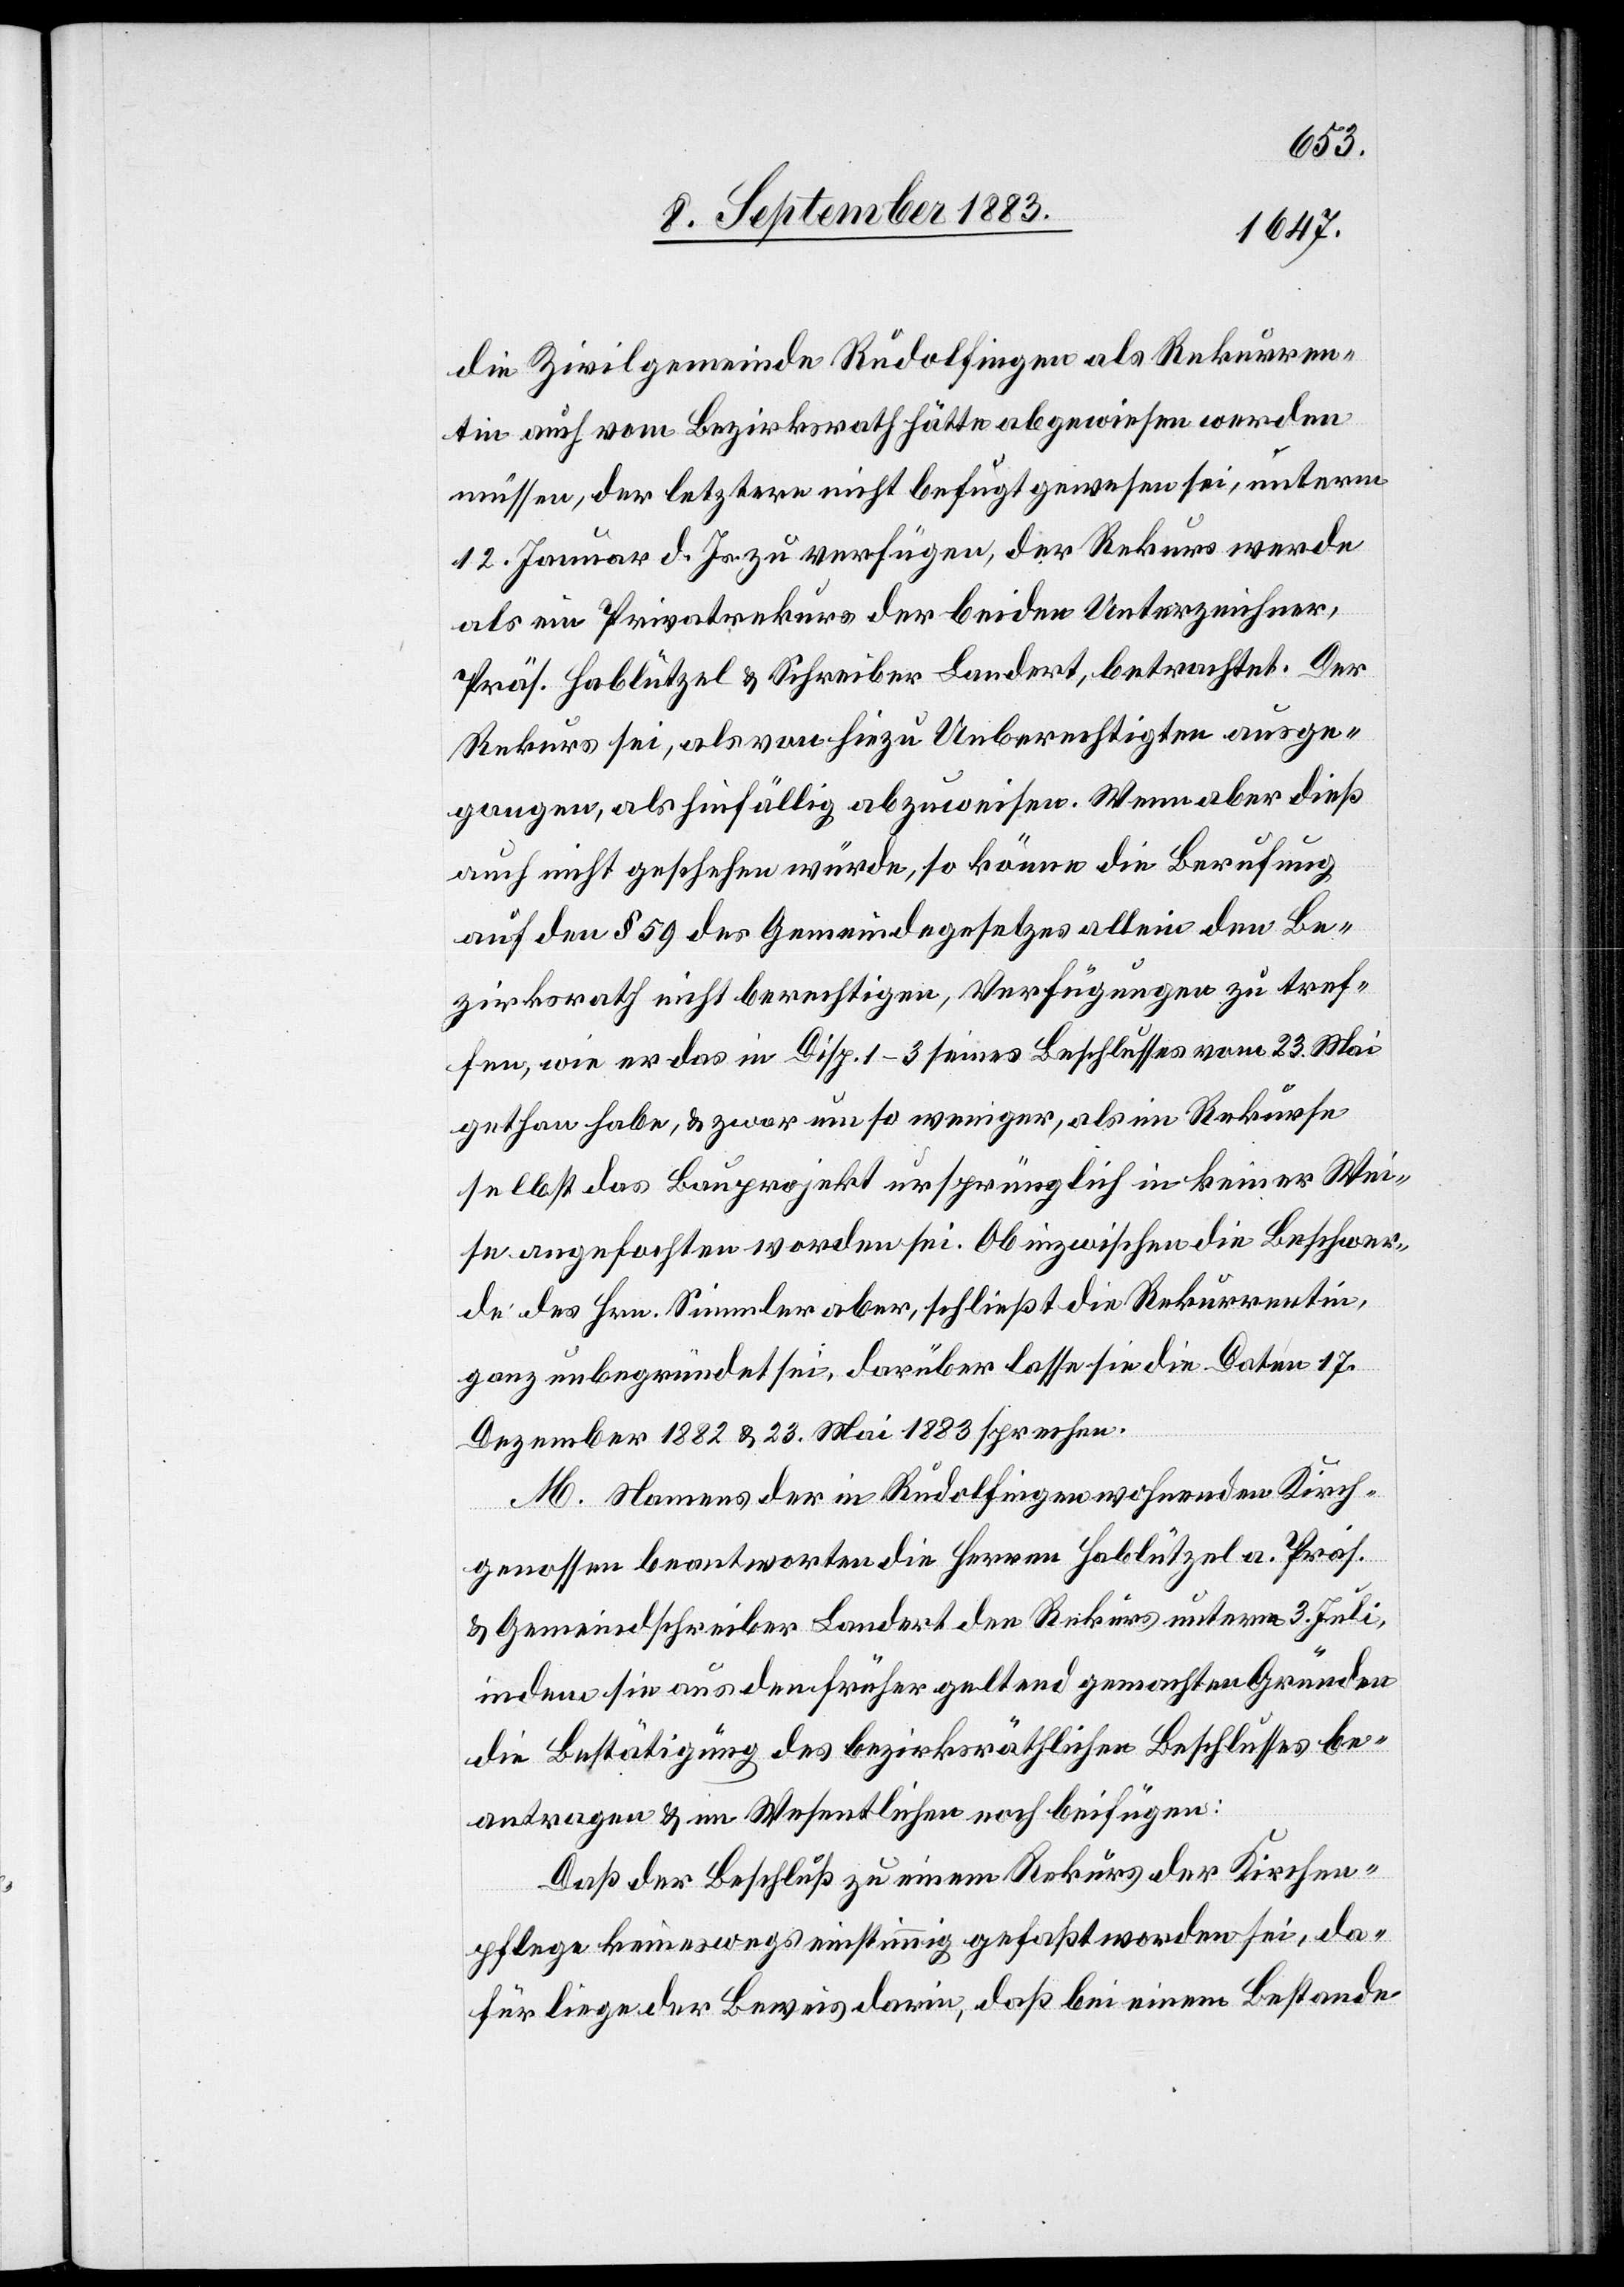
die Zivilgemeinde Rudolfingen als Rekurren¬
tin auch vom Bezirksrath hätte abgewiesen werden
müssen, der letztere nicht befugt gewesen sei, unterm
12. Januar d. Js. zu verfügen, der Rekurs werde
als ein Privatrekurs der beiden Unterzeichner,
Präs. Hablützel & Schreiber Landert, betrachtet. Der
Rekurs sei, als von hiezu Unberechtigten ausge¬
gangen, als hinfällig abzuweisen. Wenn aber dieß
auch nicht geschehen würde, so könne die Berufung
auf den § 59 des Gemeindegesetzes allein den Be¬
zirksrath nicht berechtigen, Verfügungen zu tref¬
fen, wie er das in Disp. 1–3 seines Beschlusses vom 23. Mai
gethan habe, & zwar umso weniger, als im Rekurse
selbst das Bauprojekt ursprünglich in keiner Wei¬
se angefochten worden sei. Ob inzwischen die Beschwer¬
de des Hrn. Simmler aber, schließt die Rekurrentin,
ganz unbegründet sei, darüber lasse sie die in Datun
Dezember 1882 & 23. Mai 1883 sprechen.
M. Namens der in Rudolfingen wohnenden Kirch¬
genossen beantworten die Herren Hablützel a. Präs.
& Gemeindschreiber Landert den Rekurs unterm 3. Juli,
indem sie aus den früher geltend gemachten Gründen
die Bestätigung des bezirksräthlichen Beschlusses be¬
antragen & im Wesentlichen noch beifügen:
Daß der Beschluß zu einem Rekurs der Kirchen¬
pflege keineswegs einstimmig gefaßt worden sei, da¬
für liege der Beweis darin, daß bei einem Bestande